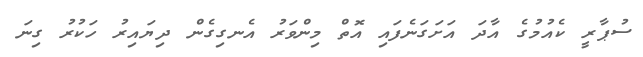
ސުޕާރީ ކެއުމުގެ އާދަ އަށަގަނެފައި އޮތް މިންވަރު އެނގިގެން ދިޔައިރު ހަކުރު ގިނަ